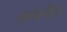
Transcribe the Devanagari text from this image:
लताचीच